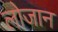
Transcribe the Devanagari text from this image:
लोजान